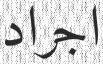
اجراد